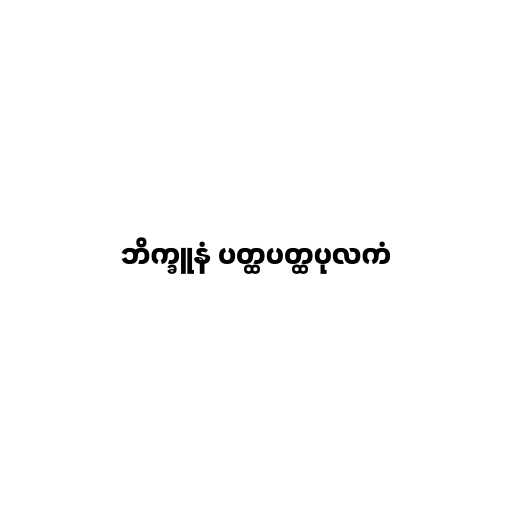
ဘိက္ခူနံ ပတ္ထပတ္ထပုလကံ